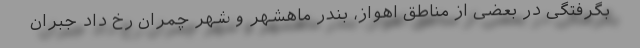
بگرفتگی در بعضی از مناطق اهواز،‌ بندر ماهشهر و شهر چمران رخ داد جبران